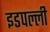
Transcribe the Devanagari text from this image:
इडपल्ली